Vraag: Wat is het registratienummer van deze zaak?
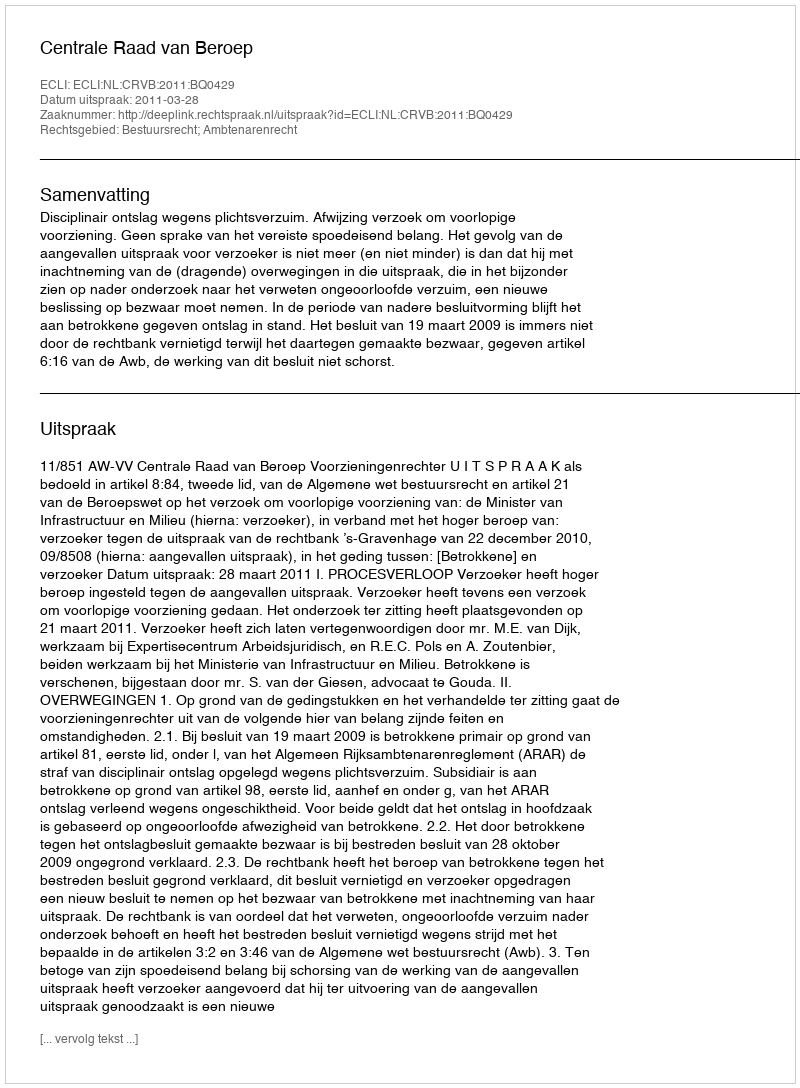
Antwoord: http://deeplink.rechtspraak.nl/uitspraak?id=ECLI:NL:CRVB:2011:BQ0429